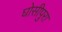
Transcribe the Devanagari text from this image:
घोसीपुरा